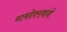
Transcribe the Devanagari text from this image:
नामदेवरावांनी